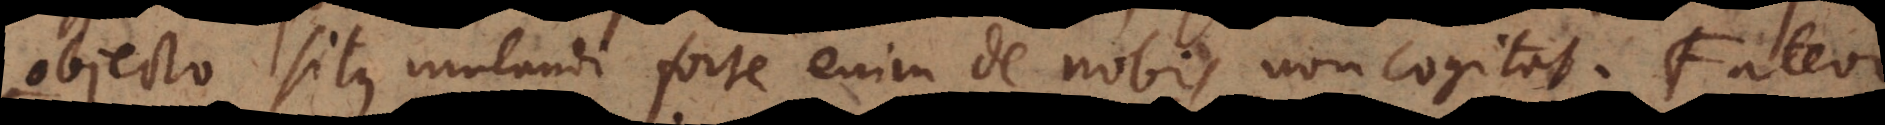
objecto situs mutandi forte enim de nobis non cogitat. Fateor